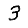
Digit: 3